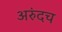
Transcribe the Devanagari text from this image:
अरुंदच